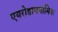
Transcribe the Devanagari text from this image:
एयरोडायनामिक